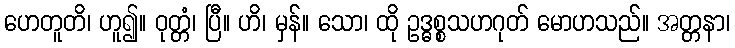
ဟေတူတိ၊ ဟူ၍။ ဝုတ္တံ၊ ပြီ။ ဟိ၊ မှန်။ သော၊ ထို ဥဒ္ဓစ္စသဟဂုတ် မောဟသည်။ အတ္တနာ၊